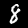
Digit: 8